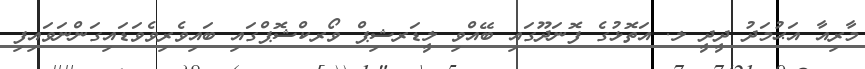
މާރިއާ އަޙުމަދު ދީދީ ލ. އަތޮޅުގެ ފޮނަދޫގައި ބޭއްވި ލީޑަރޝިޕް ވޯރކްޝޮޕްގައި ބައިވެރިވެވަޑައިގަންނަވައިފި